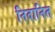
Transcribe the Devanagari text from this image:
निदानित